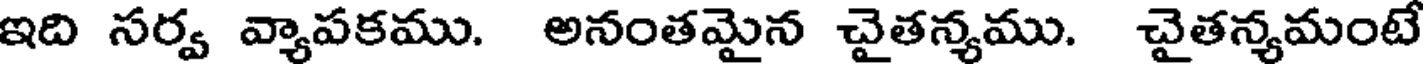
ఇది సర్వ వ్యాపకము. అనంతమైన చైతన్యము. చైతన్యమంటే